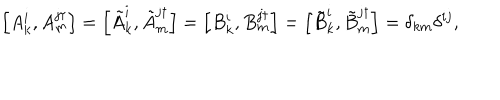
LaTeX: \left[ A _ { k } ^ { i } , A _ { m } ^ { j \dagger } \right] = \left[ \tilde { A } _ { k } ^ { i } , \tilde { A } _ { m } ^ { j \dagger } \right] = \left[ B _ { k } ^ { i } , B _ { m } ^ { j \dagger } \right] = \left[ \tilde { B } _ { k } ^ { i } , \tilde { B } _ { m } ^ { j \dagger } \right] = \delta _ { k m } \delta ^ { i j } ,